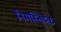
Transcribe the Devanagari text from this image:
निमस्तिष्क